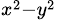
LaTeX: _{x^{2}-y^{2}}